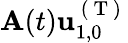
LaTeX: \mathbf{A}(t)\mathbf{{u}}_{1,0}^{\mathrm{{~(~T~)~}}}